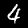
Label: 4